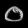
Digit: ၀